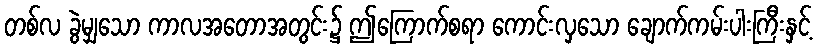
တစ်လ ခွဲမျှသော ကာလအတောအတွင်း၌ ဤကြောက်စရာ ကောင်းလှသော ချောက်ကမ်းပါးကြီးနှင့်